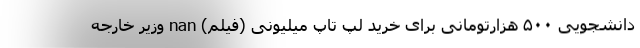
دانشجویی ۵۰۰ هزارتومانی برای خرید لپ تاپ میلیونی (فیلم) nan وزیر خارجه